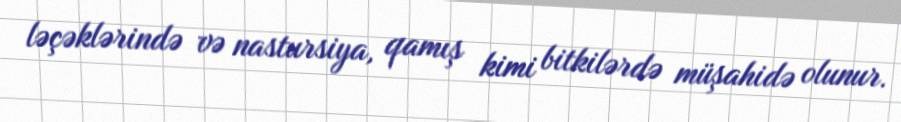
ləçəklərində və nastursiya, qamış kimi bitkilərdə müşahidə olunur.